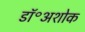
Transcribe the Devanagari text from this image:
डॉ॰अशोक